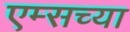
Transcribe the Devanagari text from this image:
एम्सच्या